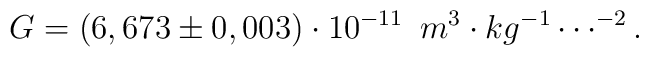
G = (6,673 \pm 0,003)\cdot 10^{- 11} \, \, \, m^{3} \cdot kg^{- 1} \cdots^{- 2}.